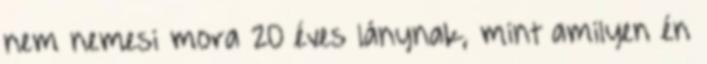
nem nemesi mora 20 éves lánynak, mint amilyen én